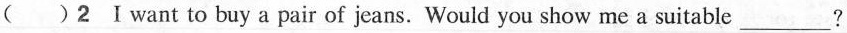
()2 I want to buy a pair of jeans. Would you show me a suitable___?